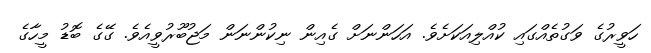
ހަވީރުގެ ވަގުތެއްގައި ކުއްލިއަކަށެވެ. އަހަންނަށް ގެއިން ނިކުންނަން މަޖުބޫރުވީއެވެ. ގޭގެ ބޮޑު މީހާގެ